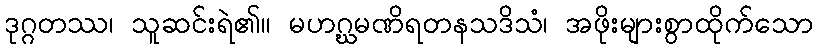
ဒုဂ္ဂတဿ၊ သူဆင်းရဲ၏။ မဟဂ္ဃမဏိရတနသဒိသံ၊ အဖိုးများစွာထိုက်သော